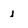
Character: l